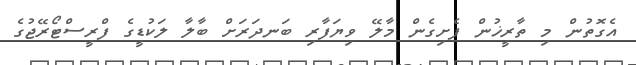
އެގޮތުން މި ތާރީޚުން ފެށިގެން މާލޭ ވިޔަފާރި ބަނދަރަށް ބާލާ ލަކުޑީގެ ފްރީސްޓޯރޭޖުގެ